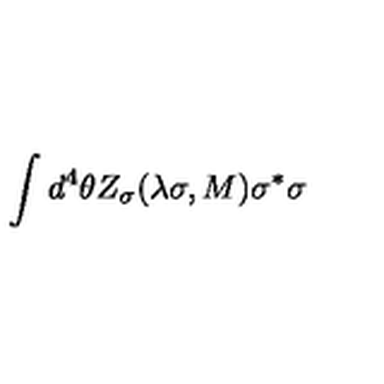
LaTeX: \int d ^ { 4 } \theta Z _ { \sigma } ( \lambda \sigma , M ) \sigma ^ { * } \sigma